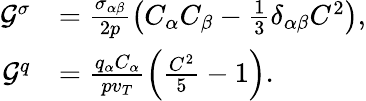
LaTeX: \begin{array}{rl}{\mathcal{G}^{\sigma}}&{=\frac{\sigma_{\alpha\beta}}{2p}\left(C_{\alpha}C_{\beta}-\frac{1}{3}\delta_{\alpha\beta}C^{2}\right),}\\ {\mathcal{G}^{q}}&{=\frac{q_{\alpha}C_{\alpha}}{pv_{T}}\left(\frac{C^{2}}{5}-1\right).}\end{array}